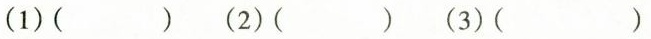
(1) ( ) (2) ( ) (3) ( )